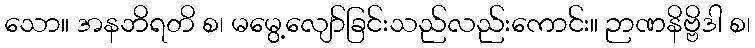
သော။ အနဘိရတိ စ၊ မမွေ့လျော်ခြင်းသည်လည်းကောင်း။ ဉာဏနိဗ္ဗိဒါ စ၊